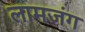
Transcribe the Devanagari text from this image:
लामजंग